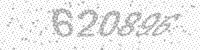
Solution: 620896